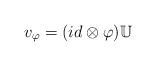
LaTeX: \begin{align*}v_\varphi = (id \otimes \varphi)\mathbb{U}\end{align*}